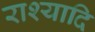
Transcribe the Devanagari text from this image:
राश्यादि